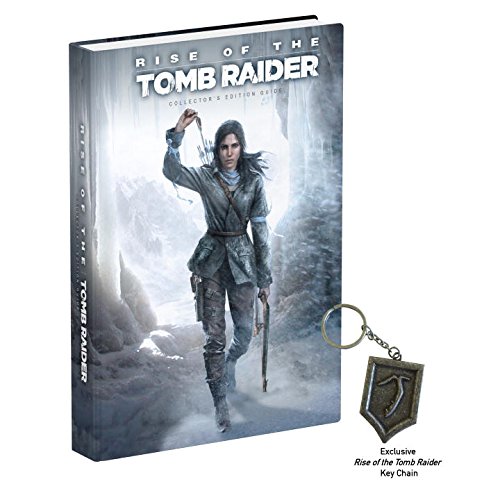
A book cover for Rise of the Tomb Raider Collector's Edition Guide; Prima Games; Humor & Entertainment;